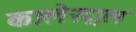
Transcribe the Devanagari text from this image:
कालेस्ट्राल